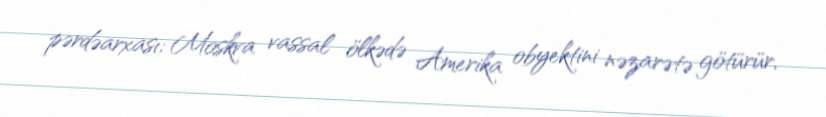
pərdəarxası; Moskva vassal ölkədə Amerika obyektini nəzarətə götürür,